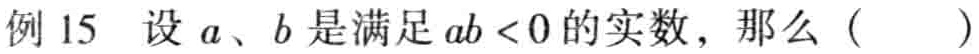
例 15 设 \(a\)、\(b\) 是满足 \(ab < 0\) 的实数，那么（  ）